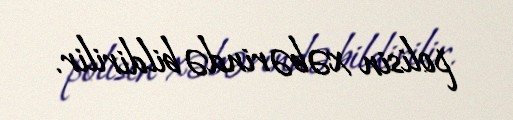
polisin xəbərində bildirilir.